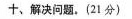
十、解决问题.(21分)